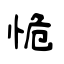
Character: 恑